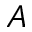
A